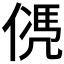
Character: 𠌩